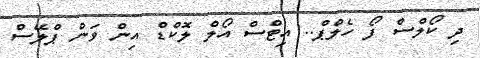
ދި ކޯލްސް ފޯ ހެލްޕް.. އިޓްސް އޯލް ލޮކްޑް އިން ވަން ޕްލޭސް